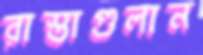
রাস্তাগুলান